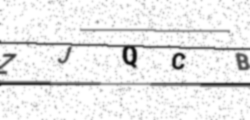
Text: ZJQCB